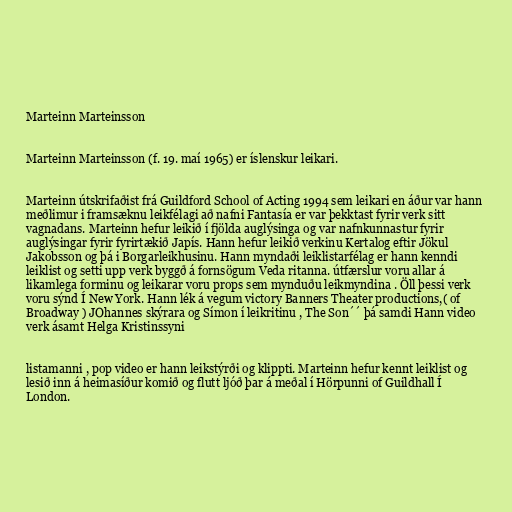
Marteinn Marteinsson

Marteinn Marteinsson (f. 19. maí 1965) er íslenskur leikari.

Marteinn útskrifaðist frá Guildford School of Acting 1994 sem leikari en áður var hann
meðlimur i framsæknu leikfélagi að nafni Fantasía er var þekktast fyrir verk sitt
vagnadans. Marteinn hefur leikið í fjölda auglýsinga og var nafnkunnastur fyrir
auglýsingar fyrir fyrirtækið Japís. Hann hefur leikið verkinu Kertalog eftir Jökul
Jakobsson og þá i Borgarleikhusinu. Hann myndaði leiklistarfélag er hann kenndi
leiklist og setti upp verk byggð á fornsögum Veda ritanna. útfærslur voru allar á
likamlega forminu og leikarar voru props sem mynduðu leikmyndina . Öll þessi verk
voru sýnd Í New York. Hann lék á vegum victory Banners Theater productions,( of
Broadway ) JOhannes skýrara og Símon í leikritinu , The Son´´ þá samdi Hann video
verk ásamt Helga Kristinssyni

listamanni , pop video er hann leikstýrði og klippti. Marteinn hefur kennt leiklist og
lesið inn á heimasíður komið og flutt ljóð þar á meðal í Hörpunni of Guildhall Í
London.